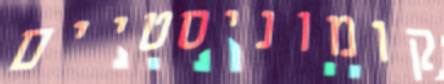
קומוניסטיים